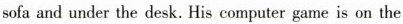
sofa and under the desk. His computer game is on the